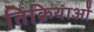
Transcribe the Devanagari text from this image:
तिक्रियाओं